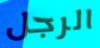
الرجل